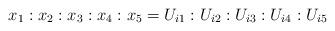
LaTeX: \begin{align*}x_1 : x_2 : x_3 : x_4 : x_5 = U_{i1} : U_{i2} : U_{i3} : U_{i4} : U_{i5}\end{align*}